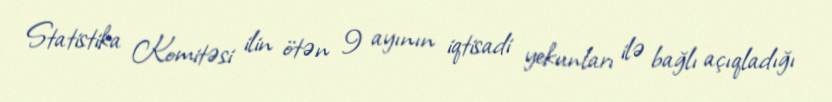
Statistika Komitəsi ilin ötən 9 ayının iqtisadi yekunları ilə bağlı açıqladığı